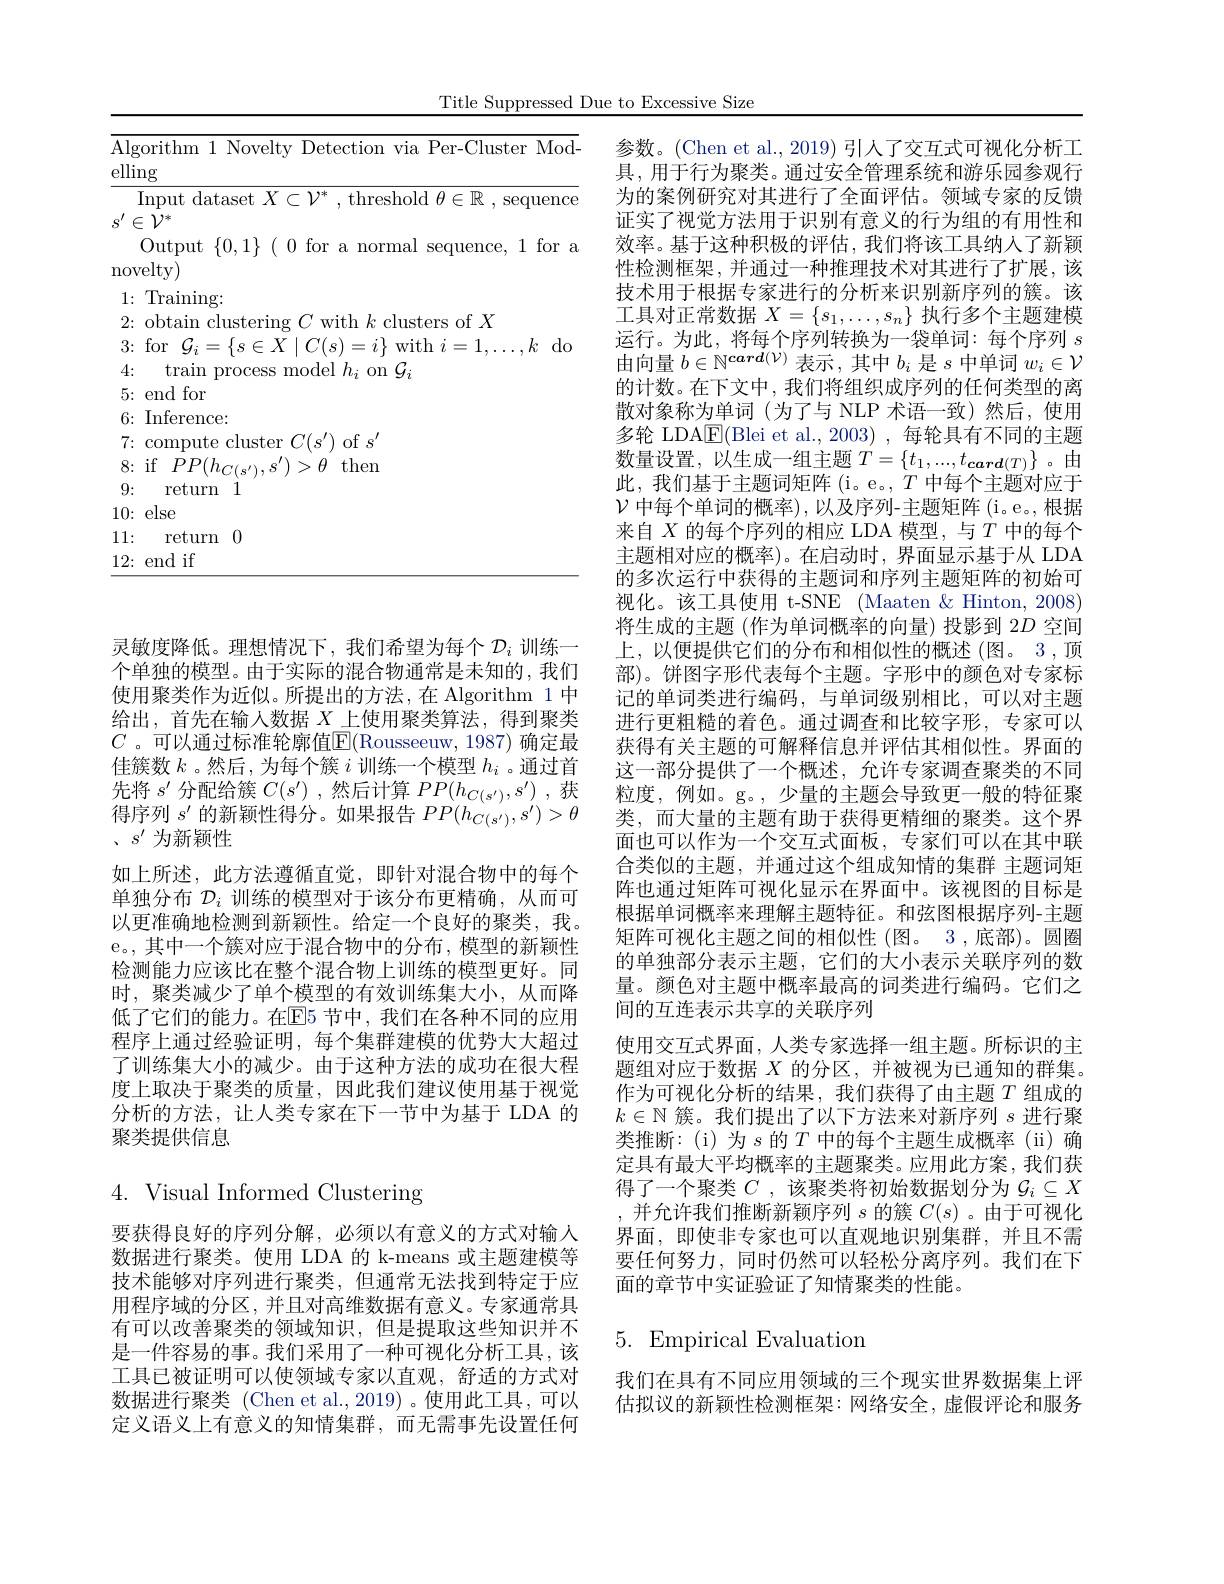
Title Suppressed Due to Excessive Size

<table>
	<tbody>
		<tr>
			<td>$A$ e</td>
			<td>corithm I Novelty Detection via Per-Cluster Mod $\operatorname{ng}$</td>
		</tr>
	</tbody>
</table>

灵敏度降低。理想情况下，我们希望为每个$\mathcal{D}_i$训练一个单独的模型。由于实际的混合物通常是未知的，我们使用聚类作为近似。所提出的方法，在 Algorithm 1 中给出，首先在输入数据 $X\_$上使用聚类算法，得到聚类$C$ 。可以通过标准轮廓值$\overline\mathbb{E}($Rousseeuw,1987) 确定最佳簇数$k$ 。然后，为每个簇$i$训练一个模型$h_i$ 。通过首先将$s^\prime$分配给簇$C(s^\prime)$ ,然后计算$PP(h_{C(s^{\prime})},s^{\prime})$ ,获得序列$s^\prime$的新颖性得分。如果报告$PP(h_C(s^{\prime}),s^{\prime})>\theta$ $、s^{\prime}$为新颖性
如上所述，此方法遵循直觉，即针对混合物中的每个单独分布$\mathcal{D}_i$训练的模型对于该分布更精确，从而可以更准确地检测到新颖性。给定一个良好的聚类，我。e。,其中一个簇对应于混合物中的分布，模型的新颖性检测能力应该比在整个混合物上训练的模型更好。同时，聚类减少了单个模型的有效训练集大小，从而降低了它们的能力。在$\mathbb{E}$5 节中，我们在各种不同的应用程序上通过经验证明，每个集群建模的优势大大超过了训练集大小的减少。由于这种方法的成功在很大程度上取决于聚类的质量，因此我们建议使用基于视觉分析的方法，让人类专家在下一节中为基于 LDA 的聚类提供信息

4. Visual Informed Clustering

要获得良好的序列分解，必须以有意义的方式对输入数据进行聚类。使用 LDA 的 k-means 或主题建模等技术能够对序列进行聚类，但通常无法找到特定于应用程序域的分区，并且对高维数据有意义。专家通常具有可以改善聚类的领域知识，但是提取这些知识并不是一件容易的事。我们采用了一种可视化分析工具，该工具已被证明可以使领域专家以直观，舒适的方式对数据进行聚类 (Chen et al.,2019)。使用此工具，可以定义语义上有意义的知情集群，而无需事先设置任何

参数。(Chen et al., 2019) 引人了交互式可视化分析工具，用于行为聚类。通过安全管理系统和游乐园参观行为的案例研究对其进行了全面评估。领域专家的反馈证实了视觉方法用于识别有意义的行为组的有用性和效率。基于这种积极的评估，我们将该工具纳入了新颖性检测框架，并通过一种推理技术对其进行了扩展，该技术用于根据专家进行的分析来识别新序列的簇。该工具对正常数据$X=\{s_1,\ldots,s_n\}$执行多个主题建模运行。为此，将每个序列转换为一袋单词：每个序列$s$ 由向量$b\in\mathbb{N}^{\boldsymbol{card}(\mathcal{V})}$表示 ,其中$b_i$是$s$中单词$w_i\in\mathcal{V}$ 的计数。在下文中，我们将组织成序列的任何类型的离散对象称为单词(为了与 NLP 术语一致)然后，使用多轮 LDA$\boxed{\mathrm{F}}($Blei et al.,2003),每轮具有不同的主题数量设置，以生成一组主题$T=\{t_1,...,t_{\boldsymbol{card}(T)}\}$ 。由此，我们基于主题词矩阵(i。e。,$T$中每个主题对应于$\mathcal{V}$中每个单词的概率), 以及序列-主题矩阵 (i。e。,根据来自$X$的每个序列的相应 LDA 模型，与$T$中的每个主题相对应的概率)。在启动时，界面显示基于从 LDA 的多次运行中获得的主题词和序列主题矩阵的初始可视化。该工具使用 t-SNE (Maaten&Hinton,2008) 将生成的主题(作为单词概率的向量)投影到 2$D$空间上，以便提供它们的分布和相似性的概述(图。3,顶部)。饼图字形代表每个主题。字形中的颜色对专家标记的单词类进行编码，与单词级别相比，可以对主题进行更粗糙的着色。通过调查和比较字形，专家可以获得有关主题的可解释信息并评估其相似性。界面的这一部分提供了一个概述，允许专家调查聚类的不同粒度，例如。g。,少量的主题会导致更一般的特征聚类，而大量的主题有助于获得更精细的聚类。这个界面也可以作为一个交互式面板，专家们可以在其中联合类似的主题，并通过这个组成知情的集群 主题词矩阵也通过矩阵可视化显示在界面中。该视图的目标是根据单词概率来理解主题特征。和弦图根据序列-主题矩阵可视化主题之间的相似性(图。3,底部)。圆圈的单独部分表示主题，它们的大小表示关联序列的数量。颜色对主题中概率最高的词类进行编码。它们之间的互连表示共享的关联序列
使用交互式界面，人类专家选择一组主题。所标识的主题组对应于数据$X$的分区，并被视为已通知的群集。作为可视化分析的结果，我们获得了由主题$T$组成的$k\in\mathbb{N}$簇。我们提出了以下方法来对新序列$s$进行聚类推断：(i)为$s$ 的$T$ 中的每个主题生成概率(ii)确定具有最大平均概率的主题聚类。应用此方案，我们获得了一个聚类$C$ ,该聚类将初始数据划分为$\mathcal{G}_i\subseteq X$ ,并允许我们推断新颖序列$s$的簇$C(s)$ 。由于可视化界面，即使非专家也可以直观地识别集群，并且不需要任何努力，同时仍然可以轻松分离序列。我们在下面的章节中实证验证了知情聚类的性能。

# $5.{\mathrm{Empirical~Evaluation}}$

我们在具有不同应用领域的三个现实世界数据集上评估拟议的新颖性检测框架：网络安全，虚假评论和服务